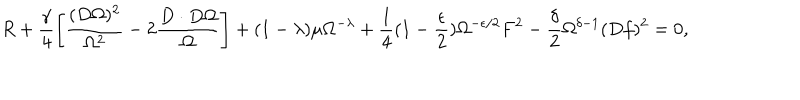
R + \frac { \gamma } { 4 } \left[ \frac { ( D \Omega ) ^ { 2 } } { \Omega ^ { 2 } } - 2 \frac { D \cdot D \Omega } { \Omega } \right] + ( 1 - \lambda ) \mu \Omega ^ { - \lambda } + \frac { 1 } { 4 } ( 1 - \frac { \epsilon } { 2 } ) \Omega ^ { - \epsilon / 2 } F ^ { 2 } - \frac { \delta } { 2 } \Omega ^ { \delta - 1 } ( D f ) ^ { 2 } = 0 ,